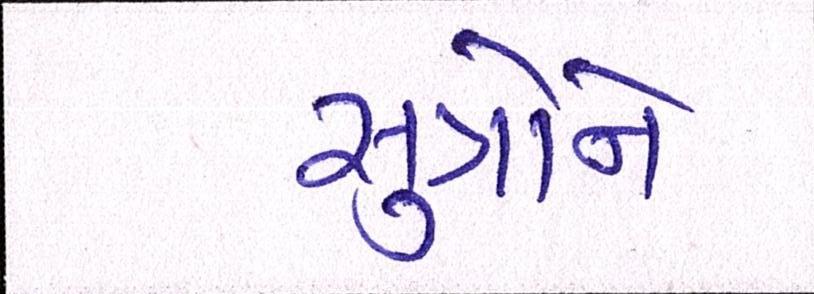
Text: સુત્રોને